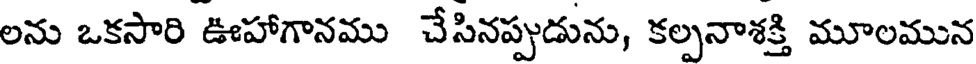
లను ఒకసారి ఊహాగానము చేసినప్పుడును, కల్పనాశక్తి మూలమున